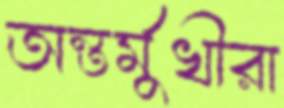
অন্তর্মুখীরা